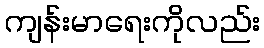
ကျန်းမာရေးကိုလည်း